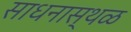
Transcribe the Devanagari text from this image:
साधनास्थळ